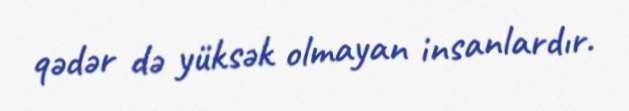
qədər də yüksək olmayan insanlardır.